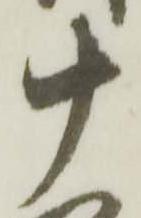
十